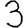
Digit: 3